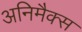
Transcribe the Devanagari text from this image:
अनिमैक्स